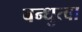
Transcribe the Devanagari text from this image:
बन्धुत्वा